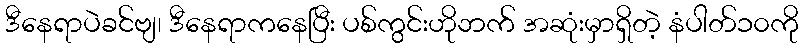
ဒီနေရာပဲခင်ဗျ၊ ဒီနေရာကနေပြီး ပစ်ကွင်းဟိုဘက် အဆုံးမှာရှိတဲ့ နံပါတ်၁၀ကို